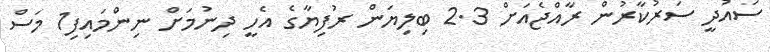
ސައުދީ ސަރުކާރުން ރާއްޖެއަށް 2.3 ބިލިޔަން ރުފިޔާގެ އެހީ ދިނުމަށް ނިންމައިފި1 މަސް